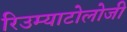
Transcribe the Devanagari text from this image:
रिउम्याटोलोजी